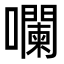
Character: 㘓